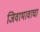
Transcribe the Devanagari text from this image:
जिवाभावाचा